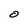
Character: O